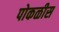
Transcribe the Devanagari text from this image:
पोकळीस